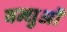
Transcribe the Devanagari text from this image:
बन्धुओँ